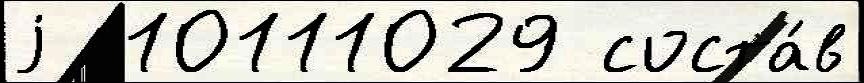
j  10111029 соста́в